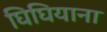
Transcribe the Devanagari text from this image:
घिघियाना